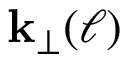
\mathbf { k _ { \perp } } ( \ell )